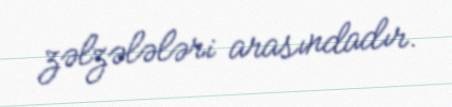
zəlzələləri arasındadır.